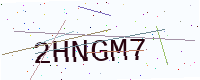
Text: 2HNGM7